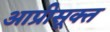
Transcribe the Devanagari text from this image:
आप्रीसूक्त